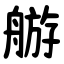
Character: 䑻